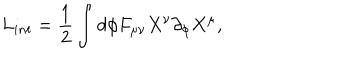
L _ { i n t } = \frac { 1 } { 2 } \int d \phi F _ { \mu \nu } X ^ { \nu } \partial _ { \phi } X ^ { \mu } ,